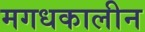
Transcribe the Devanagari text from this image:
मगधकालीन